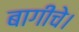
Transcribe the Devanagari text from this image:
बागीचे।